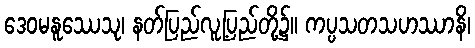
ဒေဝမနူဿေသု၊ နတ်ပြည်လူ့ပြည်တို့၌။ ကပ္ပသတသဟဿာနိ၊